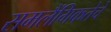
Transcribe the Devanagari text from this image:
समलैंगिकतेचे